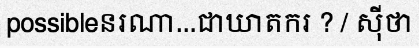
possibleនរណា...ជាឃាតករ ? / ស៊ីថា